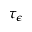
\tau _ { \epsilon }